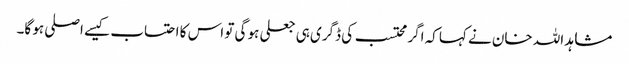
مشاہد اللہ خان نے کہا کہ اگر محتسب کی ڈگری ہی جعلی ہو گی تو اس کا احتساب کیسے اصلی ہو گا۔